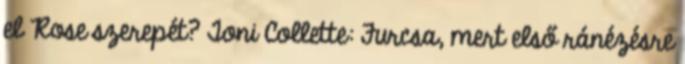
el Rose szerepét? Toni Collette: Furcsa, mert első ránézésre